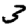
Digit: 3